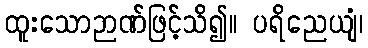
ထူးသောဉာဏ်ဖြင့်သိ၍။ ပရိညေယျံ၊